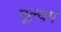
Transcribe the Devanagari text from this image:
मूल्यग